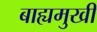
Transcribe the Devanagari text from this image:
बाह्यमुखी